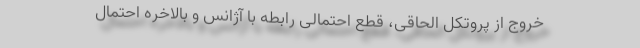
خروج از پروتکل الحاقی، قطع احتمالی رابطه با آژانس و بالاخره احتمال